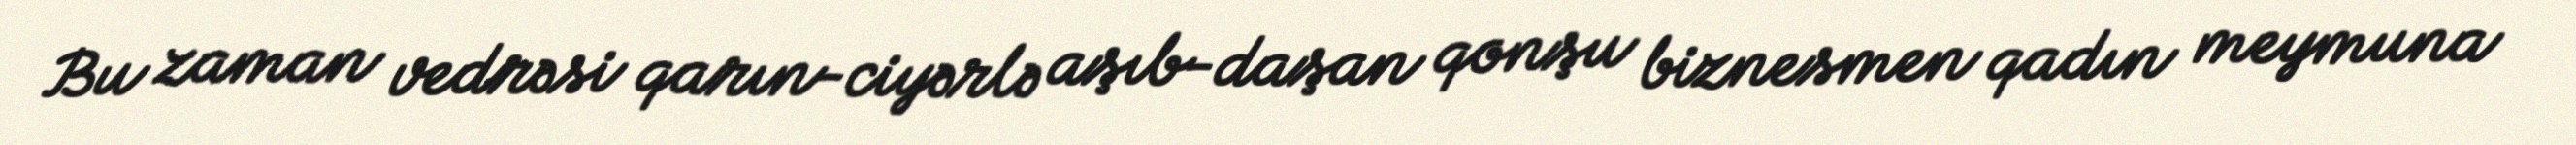
Bu zaman vedrəsi qarın-ciyərlə aşıb-daşan qonşu biznesmen qadın meymuna